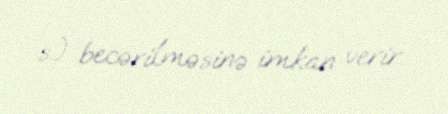
s.) becərilməsinə imkan verir.